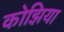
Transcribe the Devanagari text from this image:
कोझिया